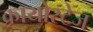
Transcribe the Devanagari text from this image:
क्रायोस्टेज